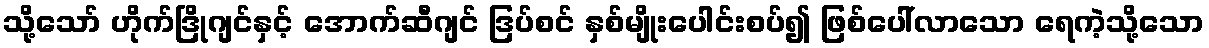
သို့သော် ဟိုက်ဒြိုဂျင်နှင့် အောက်ဆီဂျင် ဒြပ်စင် နှစ်မျိုးပေါင်းစပ်၍ ဖြစ်ပေါ်လာသော ရေကဲ့သို့သော